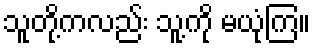
သူတို့ကလည်း သူ့ကို မယုံကြ။